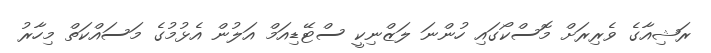
ރަޝިއާގެ ވެރިރަށް މޮސްކޯގައި ހުންނަ ލަޒްނިކީ ސްޓޭޑިއަމް އަލުން އެޅުމުގެ މަސައްކަތް މިހާރު